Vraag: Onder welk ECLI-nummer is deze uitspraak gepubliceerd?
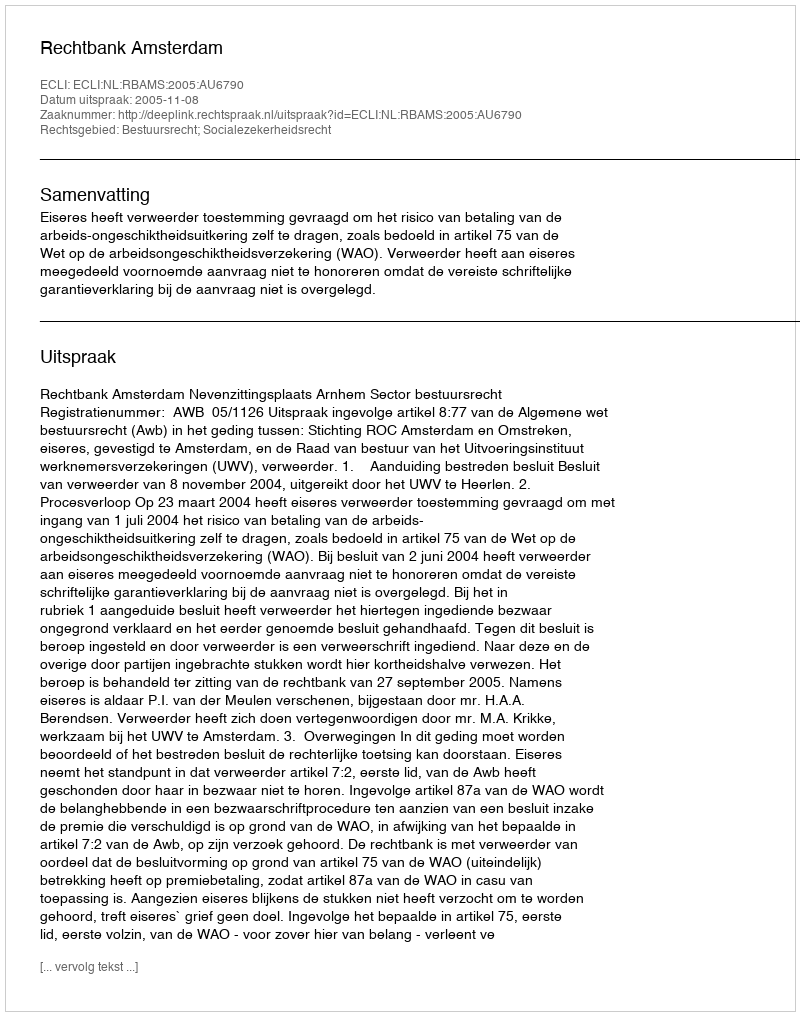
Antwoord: ECLI:NL:RBAMS:2005:AU6790